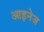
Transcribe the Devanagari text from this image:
आइनेज